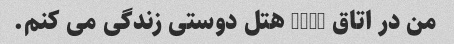
من در اتاق 1106 هتل دوستی زندگی می کنم.